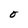
Character: O